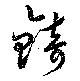
錡